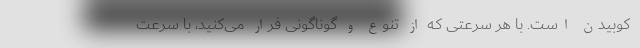
کوبیدن است. با هر سرعتی که از تنوع و گوناگونی فرار می‌کنید، با سرعت